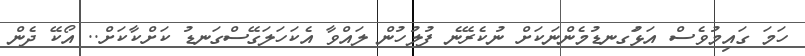
ހަމަ ގައިމުވެސް އަޅުަގނޑުމެންނަކަށް ނުކެރޭނެ ފުލުހުން ލައްވާ އެކަހަލަގޭސްގަނޑު ކަށްކާކަށް.. އޯކޭ ދެން